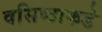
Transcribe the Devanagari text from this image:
वसिष्ठाकडे